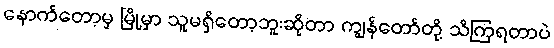
နောက်တော့မှ မြို့မှာ သူမရှိတော့ဘူးဆိုတာ ကျွန်တော်တို့ သိကြရတာပဲ